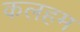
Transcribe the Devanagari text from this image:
कलहम